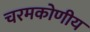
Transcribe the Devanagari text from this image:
चरमकोणीय